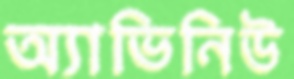
অ্যাভিনিউ